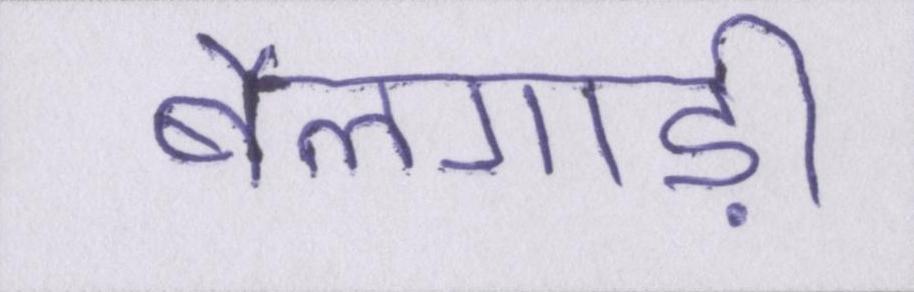
बैलगाड़ी